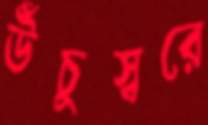
উঁচুস্বরে